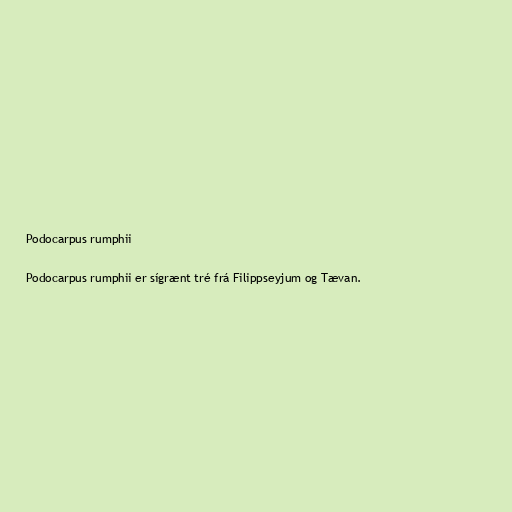
Podocarpus rumphii

Podocarpus rumphii er sígrænt tré frá Filippseyjum og Tævan.